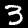
Label: 3